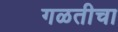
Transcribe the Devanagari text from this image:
गळतीचा